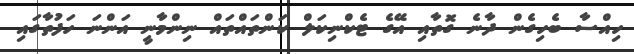
ހިއްސާ ބެހިގެން ދާނެ ގޮތާއި އޭގެ ޓެކްނިކަލް ކަންތައްތައް ނިންމާނީ އަންނަ ހަފުތާގައި